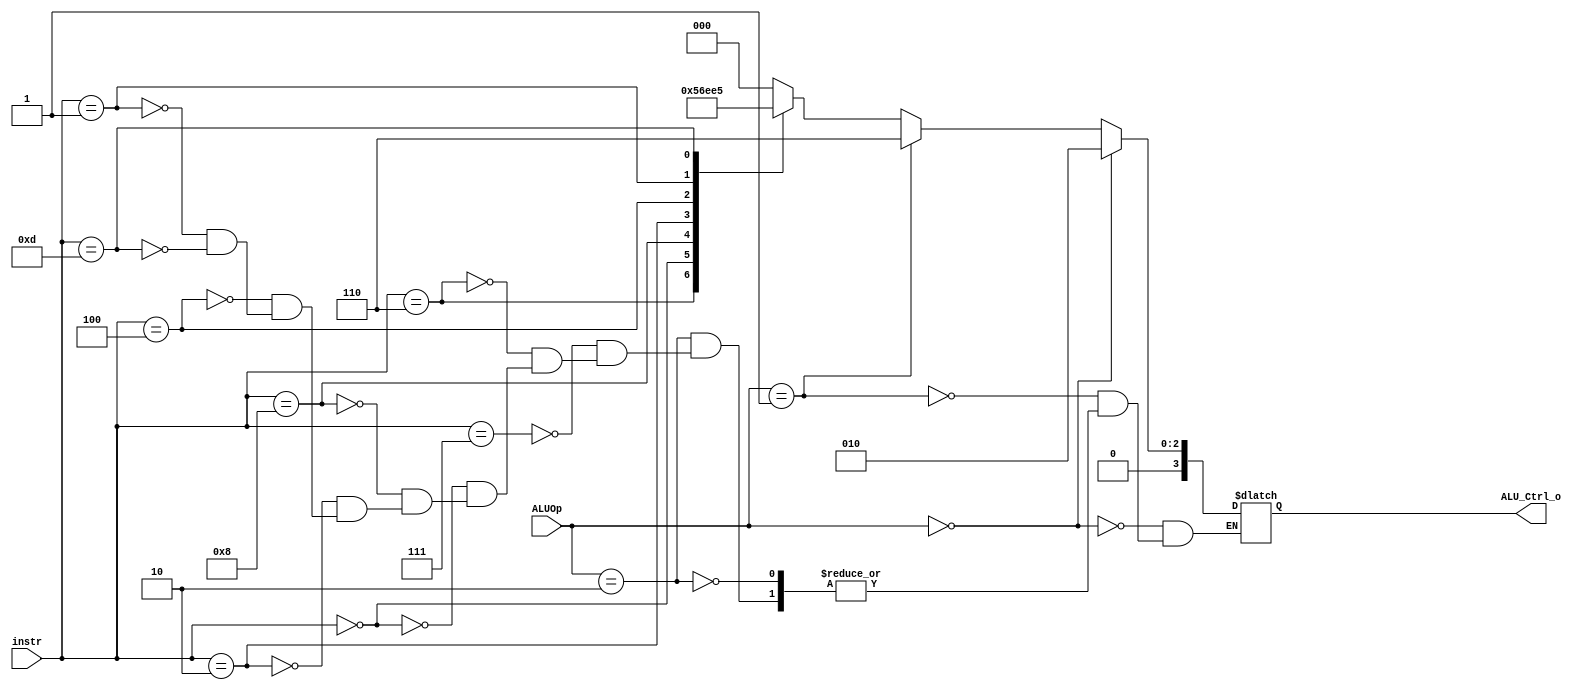
`timescale 1ns/1ps

module ALU_Ctrl(
	input		[4-1:0]	instr,
	input		[2-1:0]	ALUOp,
	output	reg [4-1:0] ALU_Ctrl_o
	);
	
/* Write your code HERE */
always@ (*) begin
	if (ALUOp == 2'b00) begin				//ld, sd
		ALU_Ctrl_o <= 4'b0010;
	end else if (ALUOp == 2'b01) begin		//beq
		ALU_Ctrl_o <= 4'b0110;
	end else if (ALUOp == 2'b10) begin		//R-type
		case(instr)
			4'b0111: ALU_Ctrl_o <= 4'b0000;	//and
			4'b0110: ALU_Ctrl_o <= 4'b0001; //or
			4'b0000: ALU_Ctrl_o <= 4'b0010;	//add
			4'b1000: ALU_Ctrl_o <= 4'b0110; //sub
			4'b0010: ALU_Ctrl_o <= 4'b0111; //slt
			4'b0100: ALU_Ctrl_o <= 4'b0011; //xor
			4'b0001: ALU_Ctrl_o <= 4'b0100; //sll
			4'b1101: ALU_Ctrl_o <= 4'b0101; //sra
		endcase
	end
end
endmodule